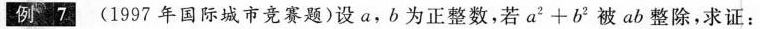
例 7 (1997年国际城市竞赛题) 设a，b为正整数，若$$a ^ { 2 } + b ^ { 2 }$$被a